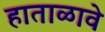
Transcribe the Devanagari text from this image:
हाताळावे